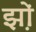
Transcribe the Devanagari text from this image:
झ़ों